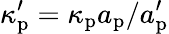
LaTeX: \kappa_{\mathrm{p}}^{\prime}=\kappa_{\mathrm{p}}a_{\mathrm{p}}/a_{\mathrm{p}}^{\prime}